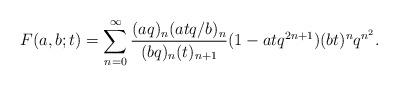
LaTeX: \begin{align*}F(a, b; t)=\sum_{n=0}^{\infty}\frac{(aq)_n(atq/b)_n}{(bq)_n(t)_{n+1}}(1-atq^{2n+1})(bt)^nq^{n^2}.\end{align*}